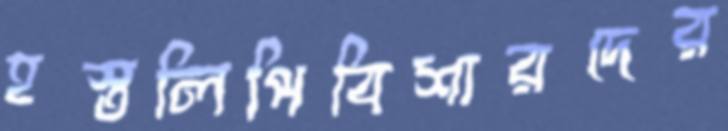
হস্তলিপিবিশারদের